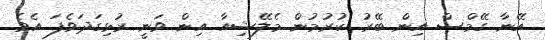
އޭނާ ގޭމްސް އިން ބޭރު ކުރުމުން މެލޭޝިއާ އިން ވަނީ ރުޅިގަދަވެފަ އެވެ.